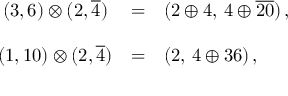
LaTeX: \begin{array} { c l l } { { ( 3 , 6 ) \otimes ( 2 , \overline { { { 4 } } } ) } } & { { = } } & { { ( 2 \oplus 4 , \, 4 \oplus \overline { { { 2 0 } } } ) \, , } } \\ { { { } } } & { { { } } } & { { { } } } \\ { { ( 1 , 1 0 ) \otimes ( 2 , \overline { { { 4 } } } ) } } & { { = } } & { { ( 2 , \, 4 \oplus 3 6 ) \, , } } \end{array}